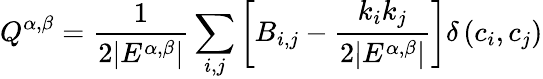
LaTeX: \displaystyle Q^{\alpha,\beta}=\frac{1}{2|E^{\alpha,\beta}|}\sum_{i,j}{\left[B_{i,j}-\frac{k_{i}k_{j}}{2|E^{\alpha,\beta}|}\right]}\delta\left(c_{i},c_{j}\right)